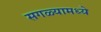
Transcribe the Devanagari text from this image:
सगळ्यामध्ये